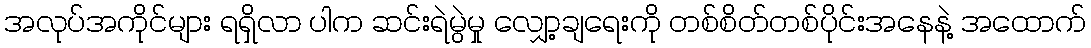
အလုပ်အကိုင်များ ရရှိလာ ပါက ဆင်းရဲမွဲမှု လျှော့ချရေးကို တစ်စိတ်တစ်ပိုင်းအနေနဲ့ အထောက်